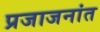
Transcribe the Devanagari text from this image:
प्रजाजनांत